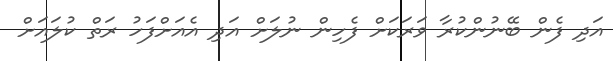
އަދި ފެން ބޭނުންކުރާ ވަރަކަށް ފެހިން ނުލަށް އަދި އެއަށްފަހު ރަތް ކުލައަށް